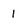
Character: I